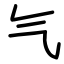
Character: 气